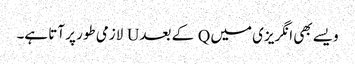
ویسے بھی انگریزی میں Q کے بعد U لازمی طور پر آتا ہے۔